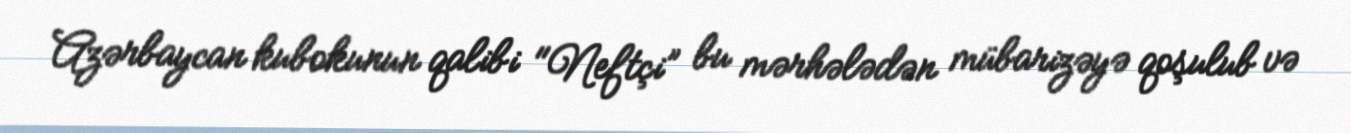
Azərbaycan kubokunun qalibi "Neftçi” bu mərhələdən mübarizəyə qoşulub və